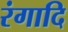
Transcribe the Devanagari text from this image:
रंगादि